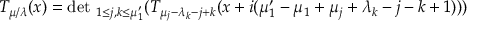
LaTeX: { \cal T } _ { \mu / \lambda } ( x ) = \mathrm { d e t ~ } _ { 1 \le j , k \le \mu _ { 1 } ^ { \prime } } ( T _ { \mu _ { j } - \lambda _ { k } - j + k } ( x + i ( \mu _ { 1 } ^ { \prime } - \mu _ { 1 } + \mu _ { j } + \lambda _ { k } - j - k + 1 ) ) )